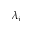
\lambda _ { j }